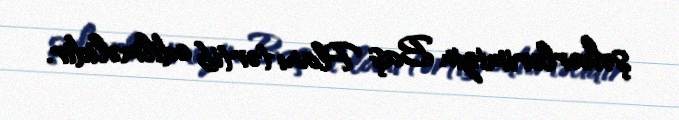
şəhərlərimizin Baş Planı tərtib edilməlidir.